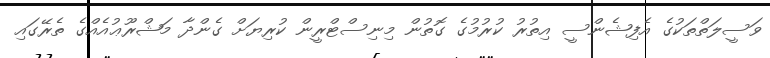
ވަސީލަތްތަކުގެ އެފިޝެންސީ އިތުރު ކުރުމުގެ ގޮތުން މިނިސްޓްރީން ކުރިޔަށް ގެންދާ މަޝްރޫޢުއެއްގެ ތެރޭގައި